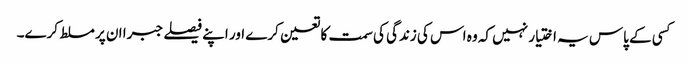
کسی کے پاس یہ اختیار نہیں کہ وہ اس کی زندگی کی سمت کا تعین کرے اور اپنے فیصلے جبرا ان پر مسلط کرے۔